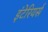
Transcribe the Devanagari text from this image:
इंटेरियर्स